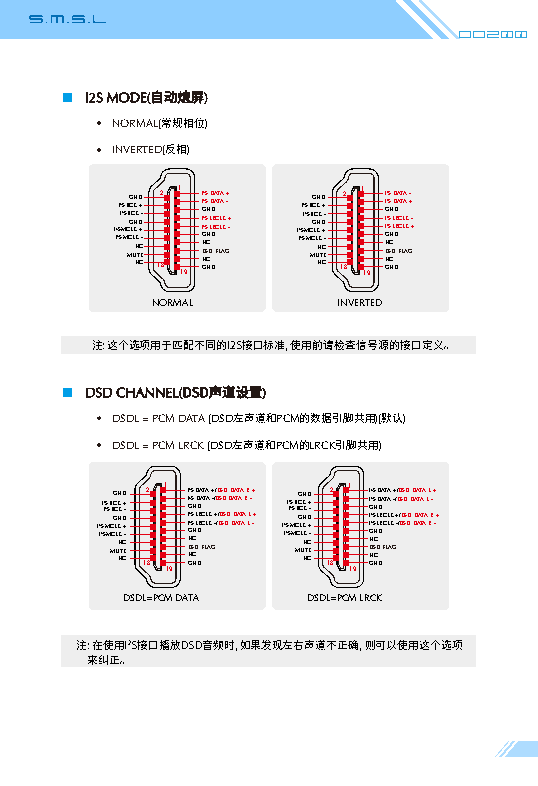
Do200
 I2S MODE( )
 自动熄屏
 NORMAL( )
 常规相位
 INVERTED( )
 反相
 I I2 2SI SI2 2 S MS M B MCB CG GC LC ULN NK K N NK K T D D C C + + E- - 12 8 1 19 I I I I G N D N GG2 2 2 2S S S S N C S C NN DL LD D D DD R R A A FC CT T LL LA A AK K G+ - + - I I2 2SI SI2 2 S M MS B MCB CG GC LC ULN NK K N NKK T D D C C + + E-- 12 8 1 19 I I I G N D N GGI2 2 2 2S S S S N C S C NN DL LD D D DD R R A A FC CT T LL LA A AK K G- + - +
 NORMAL      INVERTED
 注: 这个选项用于匹配不同的I2S接口标准, 使用前请检查信号源的接口定义。
 DSD CHANNEL( )
 DSD声道设置
 DSDL = PCM DATA (DSD PCM )( )
 左声道和 的数据引脚共用默认
 DSDL = PCM LRCK (DSD PCM LRCK )
 左声道和 的 引脚共用
 I I2 2SI SI2 2 S M MS B MCB CGG C LC ULNN K K
 N
 NKK
 T
 DD
 C C
 + + E-- 12
 8
 1
 19
 I I I I G
 N D N
 GG2 2 2 2S S S S N
 C S C
 NN DD D L L D DD R R A A FC CT T LL LA A AK K G+ - / + -/ D /D / DDSS SD SD DD D D DDAA AT AT TA TA A A R R L L - + -+ I I2 2SI SI2 2 MS MS B MCB CG GC LC ULN N KK
 N
 NKK
 T
 D D
 C C
 ++ E-- 12
 8
 1
 19
 I I I I G
 N D N
 GG2 2 2 2S S S S N
 C S C
 NN DD D L L D DD R R A A FC CT T LL LA A AK K G+ - / + -/ D /D / DDSS SD SD DD D D DDAA AT AT TA TA A A L L R R - + -+
 DSDL=PCM DATA DSDL=PCM LRCK
 注: 在使用I2S接口播放DSD音频时, 如果发现左右声道不正确, 则可以使用这个选项
 来纠正。